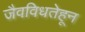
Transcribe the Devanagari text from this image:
जैवविधतेहून